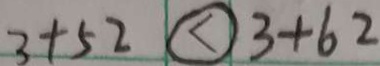
3 + 5 2 \textcircled { < } 3 + 6 2